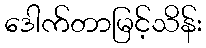
ဒေါက်တာမြင့်သိန်း